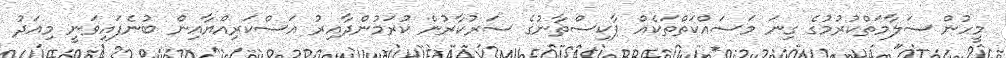
މީހުން ސަލާމަތްކުރުމުގެ ގިނަ މަސައްކަތްތަކެއް ޕާކިސްތާނުގެ ސަރުކާރުން ކުރަމުންދާއިރު އަސްކަރިއްޔާއިން ބުނެފައިވަނީ މިއަދު